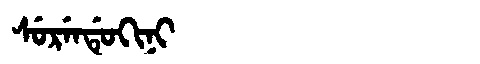
Manchu: ᠰᡠᡵᡝᠨᡩᡠᡴᡳᠨᡳ
Romanization: SURENDUKINI